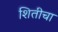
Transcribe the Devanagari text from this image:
शितीचा